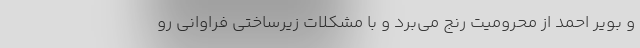
و بویر احمد از محرومیت رنج می‌برد و با مشکلات زیرساختی فراوانی رو